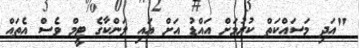
"އަދި މަސައްކަތް ކުރުމަށް އައްޑު އަށް އައި ލަންކާގެ ޓީމް ވެސް އެތައް